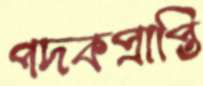
পদকপ্রাপ্তি